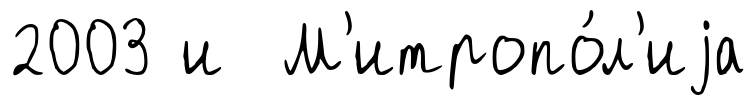
2003 и М'итропо́л'иjа